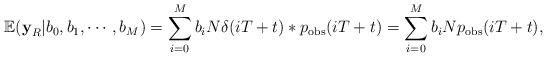
LaTeX: \begin{align*}&\mathbb{E}(\textbf{y}_R| b_0, {b}_1,\cdots,{b}_M)=\sum_{i=0}^{M}{{b}_iN\delta(iT+t)*p_{\rm obs}(iT+t)}=\sum_{i=0}^{M}{{b}_iNp_{\rm obs}(iT+t)},\end{align*}